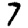
Digit: 7